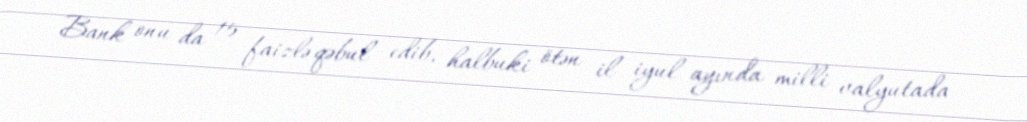
Bank onu da 15 faizlə qəbul edib, halbuki ötən il iyul ayında milli valyutada